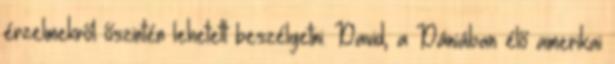
érzelmekről őszintén lehetett beszélgetni. David, a Dániában élő amerikai